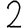
Digit: 2